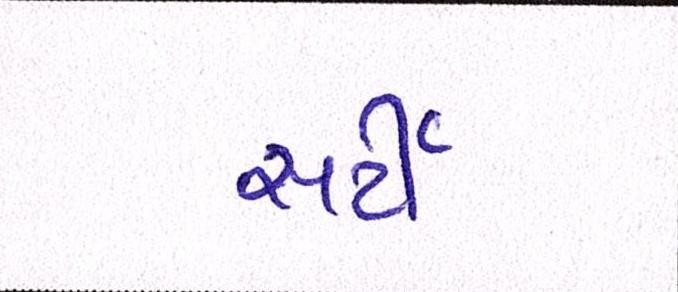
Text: સર્ટી